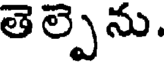
తె ల్పెను.